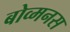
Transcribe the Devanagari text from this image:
बोव्मनस